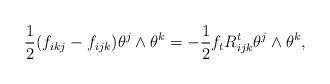
LaTeX: \begin{align*}\frac{1}{2}(f_{ikj}-f_{ijk})\theta^j \wedge \theta^k =-\frac{1}{2}f_tR^t_{ijk}\theta^j \wedge\theta^k,\end{align*}